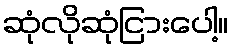
ဆုံလိုဆုံငြားပေါ့။